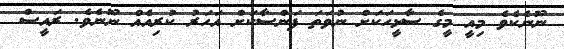
ނޫނެކެވެ މިއީ މީގެ ސާޅީހަކަށް ނުވަތަ ފަންސާކަށް އަހަރު ކުރިއެއް ނޫނެވެ. ރައީސް